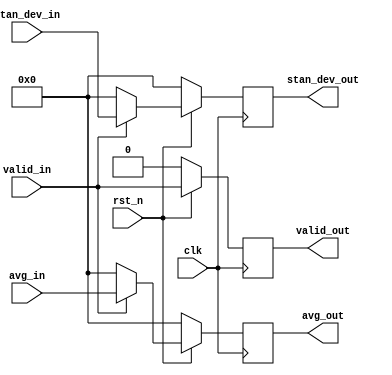
`timescale 1ns / 1ps
//////////////////////////////////////////////////////////////////////////////////
// Company: 
// Engineer: 
// 
// Design Name: 
// Module Name: stage_20
// Project Name: 
// Target Devices: 
// Tool Versions: 
// Description: 
// 
// Dependencies: 
// 
// Revision:
// Revision 0.01 - File Created
// Additional Comments:
// 
//////////////////////////////////////////////////////////////////////////////////


/*
Authour: Yang Zhijie, National University of Defense Technology, P.R.China.

This is the pipeline state 0 of the pipeline 3 of our architecture.

Use this please cite: 

[1] Yang. Zhijie, Wang. Lei, et al., "Bactran: A Hardware Batch Normalization Implementation for CNN Training Engine," in IEEE Embedded Systems Letters, vol. 13, no. 1, pp. 29-32, March 2021.

This code follows the MIT License

Copyright (c) 2021 Yang Zhijie and Wang Lei of National University of Defense Technology, P.R.China

Permission is hereby granted, free of charge, to any person obtaining a copy
of this software and associated documentation files (the "Software"), to deal
in the Software without restriction, including without limitation the rights
to use, copy, modify, merge, publish, distribute, sublicense, and/or sell
copies of the Software, and to permit persons to whom the Software is
furnished to do so, subject to the following conditions:

The above copyright notice and this permission notice shall be included in all
copies or substantial portions of the Software.

THE SOFTWARE IS PROVIDED "AS IS", WITHOUT WARRANTY OF ANY KIND, EXPRESS OR
IMPLIED, INCLUDING BUT NOT LIMITED TO THE WARRANTIES OF MERCHANTABILITY,
FITNESS FOR A PARTICULAR PURPOSE AND NONINFRINGEMENT. IN NO EVENT SHALL THE
AUTHORS OR COPYRIGHT HOLDERS BE LIABLE FOR ANY CLAIM, DAMAGES OR OTHER
LIABILITY, WHETHER IN AN ACTION OF CONTRACT, TORT OR OTHERWISE, ARISING FROM,
OUT OF OR IN CONNECTION WITH THE SOFTWARE OR THE USE OR OTHER DEALINGS IN THE
SOFTWARE.
*/

module stage_20(
rst_n,
clk,
valid_in,
stan_dev_in,
avg_in,
stan_dev_out,
avg_out,
valid_out
    );
    parameter DATA_WIDTH = 16;
    parameter MINI_BATCH = 64;
    parameter ADDR_WIDTH = $clog2(MINI_BATCH);
    
    input clk;
    input rst_n;
    
    input valid_in;
    input [DATA_WIDTH-1:0] stan_dev_in;
    input [DATA_WIDTH-1:0] avg_in;
 
    output [DATA_WIDTH-1:0] stan_dev_out;
    output [DATA_WIDTH-1:0] avg_out;
    output valid_out;
    
    reg valid;
    reg [DATA_WIDTH-1:0] avg,stan_dev;
    assign valid_out = valid;
    assign avg_out = avg;
    assign stan_dev_out = stan_dev;

    always@(posedge clk)
    begin
        if(!rst_n)
        begin
            valid <= 1'b0;
            avg <= {DATA_WIDTH{1'b0}};
            stan_dev <= {DATA_WIDTH{1'b0}};
        end
        else 
        begin

            valid <= valid_in;
            if(valid_in)
            begin
                stan_dev <= stan_dev_in;
                avg <= avg_in;
            end
            else
            begin
                avg <= {DATA_WIDTH{1'b0}};
                stan_dev <= {DATA_WIDTH{1'b0}};
            end 
         end
    end   
endmodule